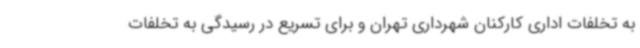
به تخلفات اداری کارکنان شهرداری تهران و برای تسریع در رسیدگی به تخلفات